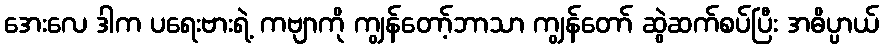
အေးလေ ဒါက ပရေးဗားရဲ့ ကဗျာကို ကျွန်တော့်ဘာသာ ကျွန်တော် ဆွဲဆက်စပ်ပြီး အဓိပ္ပာယ်